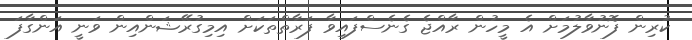
ކުރިން ފޮނުވާލުމަށް އެ މީހުން ރާއްޖެ ގެނެސްފައިވާ ފަރާތްތަކަށް އިމިގުރޭޝަންއިން ވަނީ އަންގާފަ